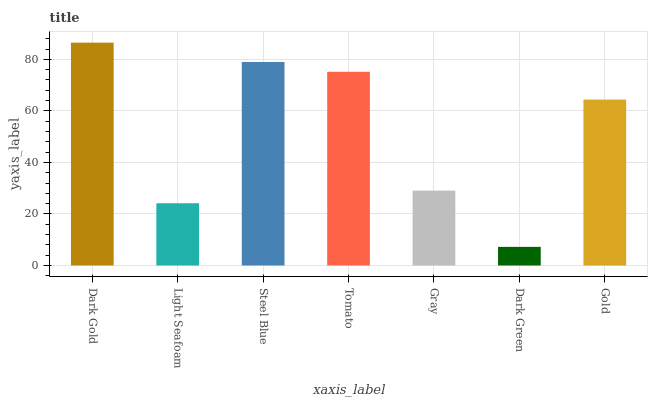
| xaxis_label | bars |
 | --- | --- |
 | Dark Gold | 86.5 |
 | Light Seafoam | 24.2 |
 | Steel Blue | 79 |
 | Tomato | 75.2 |
 | Gray | 29.1 |
 | Dark Green | 7.22 |
 | Gold | 64.4 |